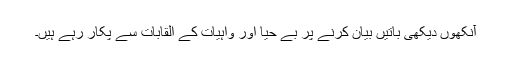
آنکھوں دیکھی باتیں بیان کرنے پر بے حیا اور واہیات کے القابات سے پکار رہے ہیں۔